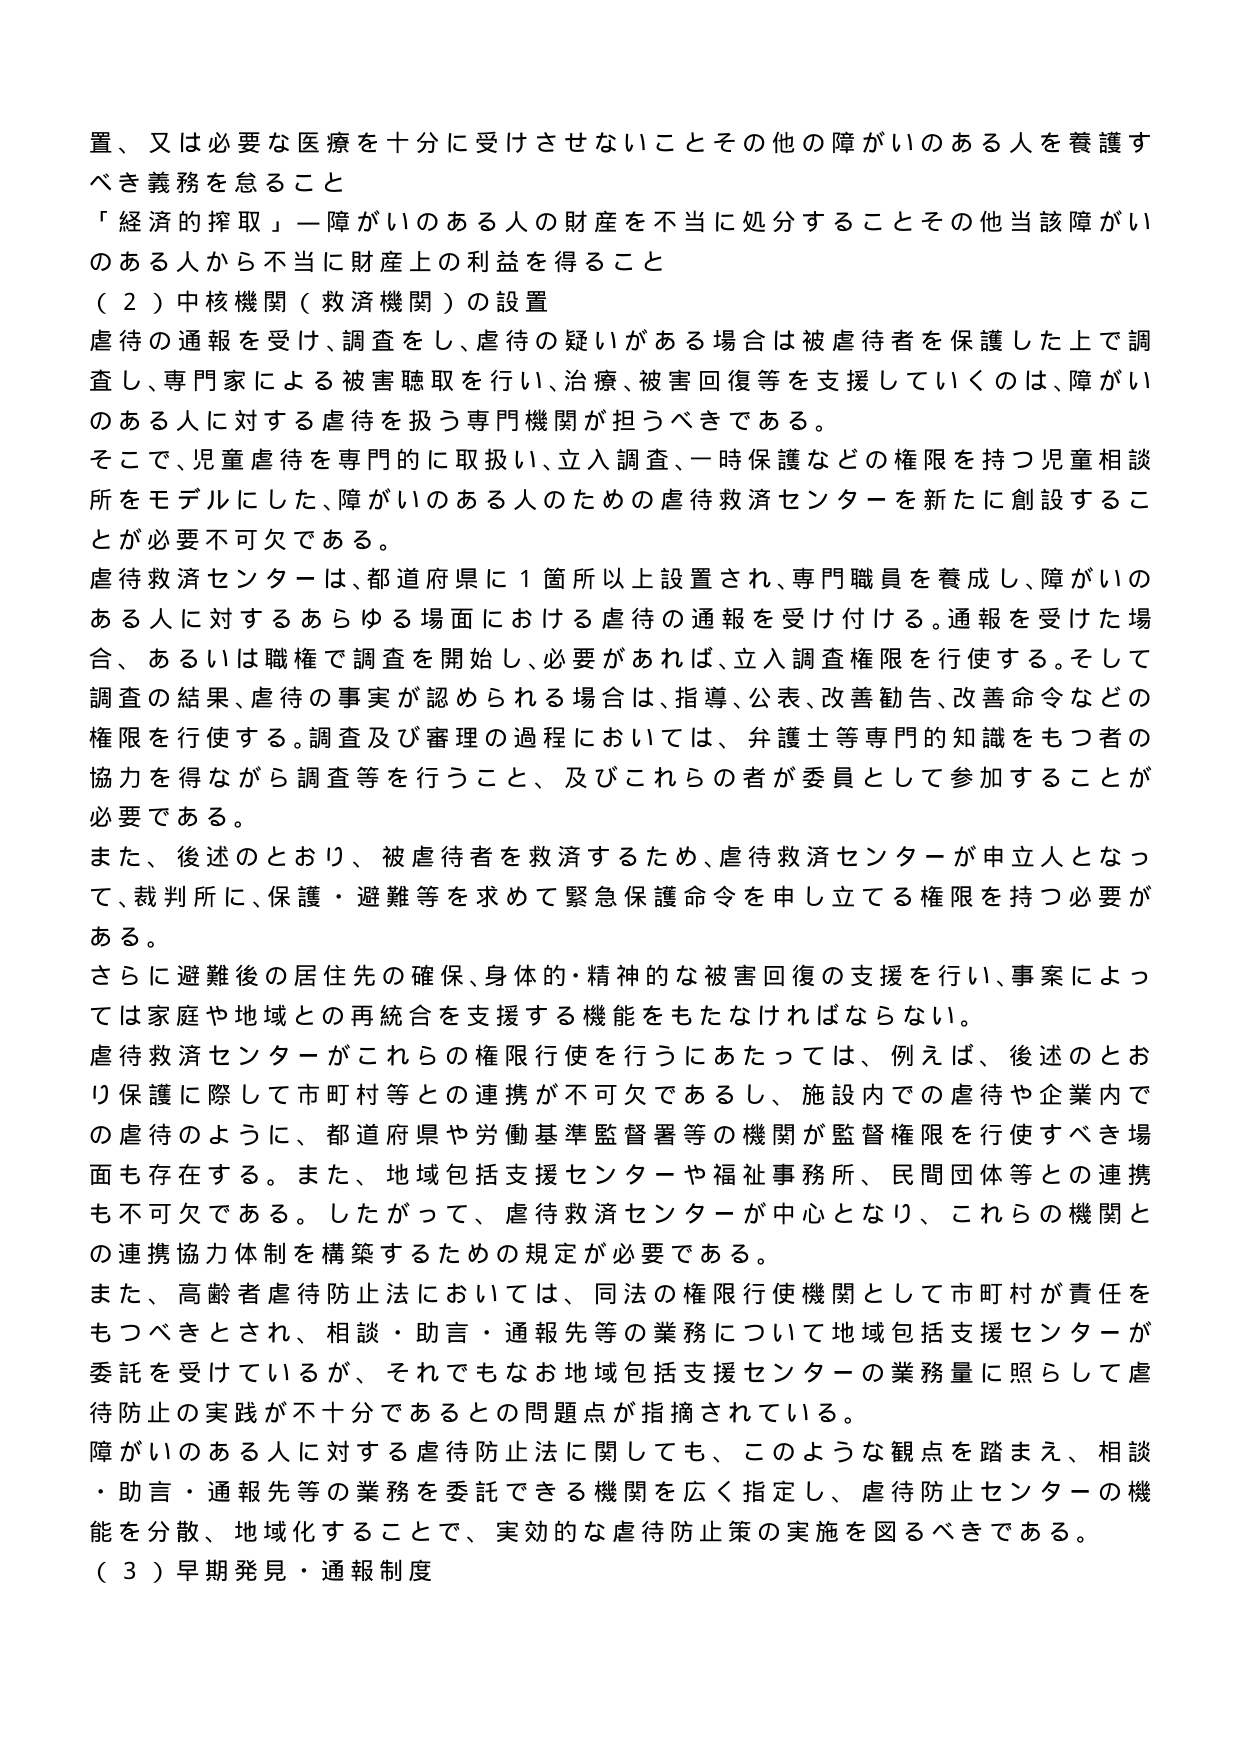
置、又は必要な医療を十分に受けさせないことその他の障がいのある人を養護すべき義務を怠ること
「経済的搾取」—障がいのある人の財産を不正に処分することその他当該障がいのある人から不正に財産上の利益を得ること
（２）中核機関（救済機関）の設置
虐待の通報を受け、調査をし、虐待の疑いがある場合は被虐待者を保護した上で調査し、専門家による被害聴取を行い、治療、被害回復等を支援していくのは、障がいのある人に対する虐待を扱う専門機関が担うべきである。
そこで、児童虐待を専門的に取扱い、立入調査、一時保護などの権限を持つ児童相談所をモデルにした、障がいのある人のための虐待救済センターを新たに創設することが必要不可欠である。
虐待救済センターは、都道府県に１箇所以上設置され、専門職員を養成し、障がいのある人に対するあらゆる場面における虐待の通報を受け付ける。通報を受けた場合、あるいは職権で調査を開始し、必要があれば、立入調査権限を行使する。そして調査の結果、虐待の事実が認められる場合は、指導、公表、改善勧告、改善命令などの権限を行使する。調査及び審理の過程においては、弁護士等専門的知識をもつ者の協力を得ながら調査等を行うこと、及びこれらの者が委員として参加することが必要である。
また、後述のとおり、被虐待者を救済するため、虐待救済センターが申立人となって、裁判所に、保護・避難等を求めて緊急保護命令を申し立てる権限を持つ必要がある。
さらに避難後の居住先の確保、身体的・精神的な被害回復の支援を行い、事案によっては家庭や地域との再統合を支援する機能をもたなければならない。
虐待救済センターがこれらの権限行使を行うにあたっては、例えば、後述のとおり保護に際して市町村等との連携が不可欠であるし、施設内での虐待や企業内での虐待のように、都道府県や労働基準監督署等の機関が監督権限を行使すべき場面も存在する。また、地域包括支援センターや福祉事務所、民間団体等との連携も不可欠である。したがって、虐待救済センターが中心となり、これらの機関との連携協力体制を構築するための規定が必要である。
また、高齢者虐待防止法においては、同法の権限行使機関として市町村が責任をもつべきとされ、相談・助言・通報先等の業務について地域包括支援センターが委託を受けているが、それでもなお地域包括支援センターの業務量に照らして虐待防止の実践が不十分であるとの問題点が指摘されている。
障がいのある人に対する虐待防止法に関しても、このような観点を踏まえ、相談・助言・通報先等の業務を委託できる機関を広く指定し、虐待防止センターの機能を分散、地域化することで、実効的な虐待防止策の実施を図るべきである。
（３）早期発見・通報制度